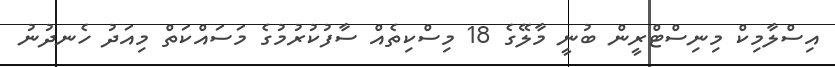
އިސްލާމިކް މިނިސްޓްރީން ބުނީ މާލޭގެ 18 މިސްކިތެއް ސާފުކުރުމުގެ މަސައްކަތް މިއަދު ހެނދުނު